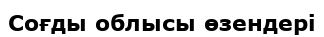
Соғды облысы өзендері